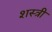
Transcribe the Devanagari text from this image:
शस्त्री